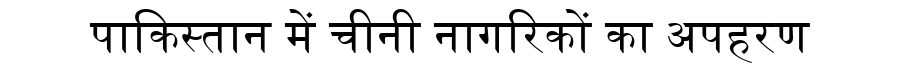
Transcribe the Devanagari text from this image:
पाकिस्तान में चीनी नागरिकों का अपहरण